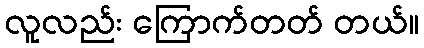
လူလည်း ကြောက်တတ် တယ်။